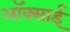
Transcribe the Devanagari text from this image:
ऑक्साई